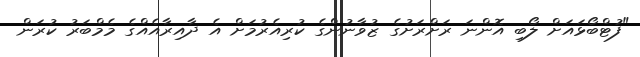
"ފުޓްބޯޅައަށް ލޯބި އޮޮންނަ ރަށްރަށުގެ ޒުވާނުންގެ ކުރިއެރުމަށް އެ ދާއިރާއެއްގެ މެމްބަރު ކުރަން